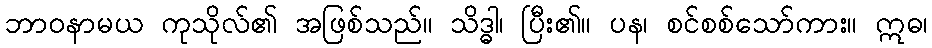
ဘာဝနာမယ ကုသိုလ်၏ အဖြစ်သည်။ သိဒ္ဓါ၊ ပြီး၏။ ပန၊ စင်စစ်သော်ကား။ ဣဓ၊